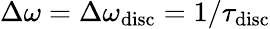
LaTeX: \Delta\omega=\Delta\omega_{\mathrm{disc}}=1/\tau_{\mathrm{disc}}